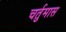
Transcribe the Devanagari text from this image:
चर्तुमास